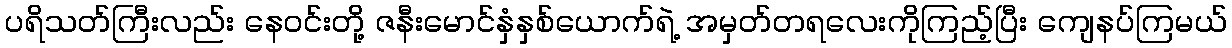
ပရိသတ်ကြီးလည်း နေဝင်းတို့ ဇနီးမောင်နှံနှစ်ယောက်ရဲ့ အမှတ်တရလေးကိုကြည့်ပြီး ကျေနပ်ကြမယ်